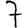
Digit: 7